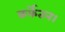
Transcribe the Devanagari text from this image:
कर्केतन।